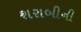
શરાબીની